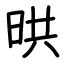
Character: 晎